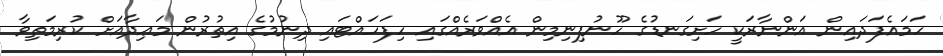
ހަމައެފަދައިން އަންނާރަކީ ހަށިގަނޑުގެ ހޫނުފިނިމިން އެއްވަރެއްގައި ހިފަހައްޓައި ދިނުމުގެ އިތުރުން މަޢިދާއަށް ކުރިމަތިވާ